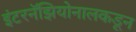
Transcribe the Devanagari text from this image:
इंटरनॅझियोनालकडून